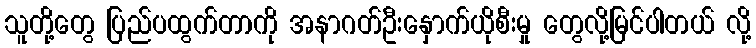
သူတို့တွေ ပြည်ပထွက်တာကို အနာဂတ်ဦးနှောက်ယိုစီးမှု တွေလို့မြင်ပါတယ် လို့